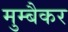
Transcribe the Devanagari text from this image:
मुम्बैकर